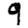
Digit: 9